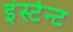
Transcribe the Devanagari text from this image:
इंस्टेन्ट